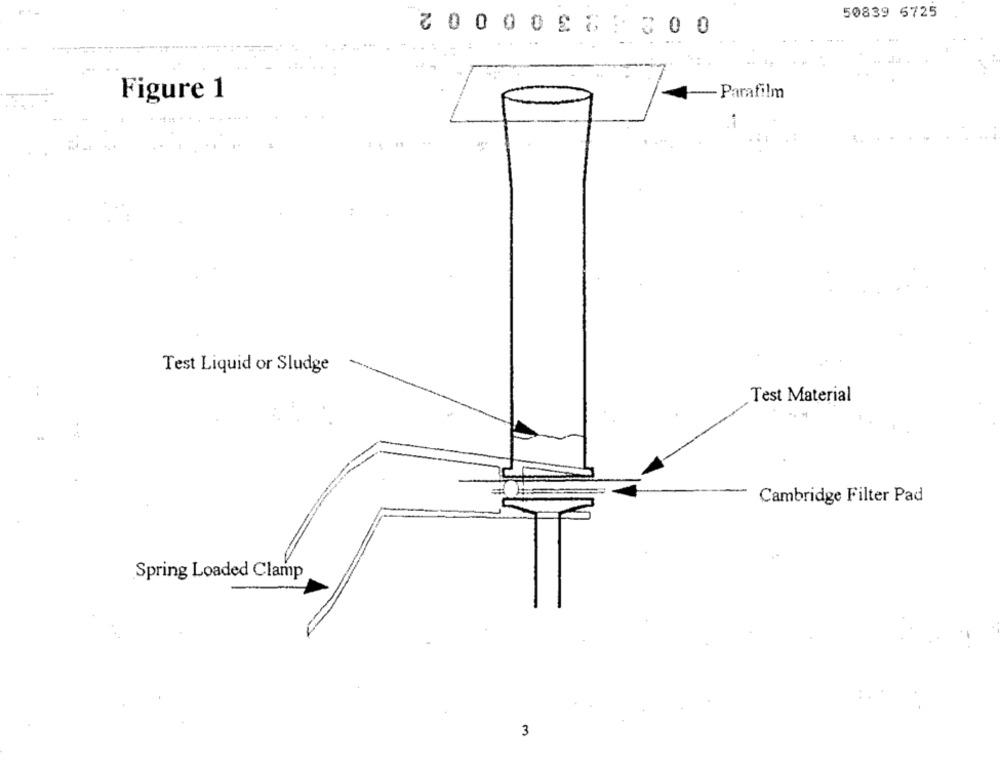
50839 5725
3 0000E 61300
Figure 1
-Parafilm
-
Test Liquid or Sludge
Test Material
Cambridge Filter Pad
Spring Loaded Clamp
3